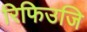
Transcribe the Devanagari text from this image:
रिफिउजि